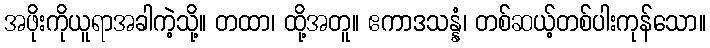
အဖိုးကိုယူရာအခါကဲ့သို့။ တထာ၊ ထို့အတူ။ ဧကာဒသန္နံ၊ တစ်ဆယ့်တစ်ပါးကုန်သော။